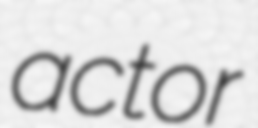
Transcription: actor